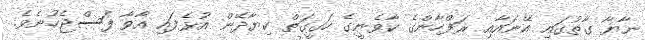
ނާޔާ ގާތުގައި އޭނައާއި ރަފްހާންގެ ކާވެނީގެ ހަގީގަތް ކިޔާދޭން އުޅެފައި އާވާ ފަސްޖެހުނެވެ.